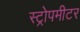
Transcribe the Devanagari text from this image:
स्ट्रोपमीटर